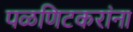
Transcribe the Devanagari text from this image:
पळणिटकरांना